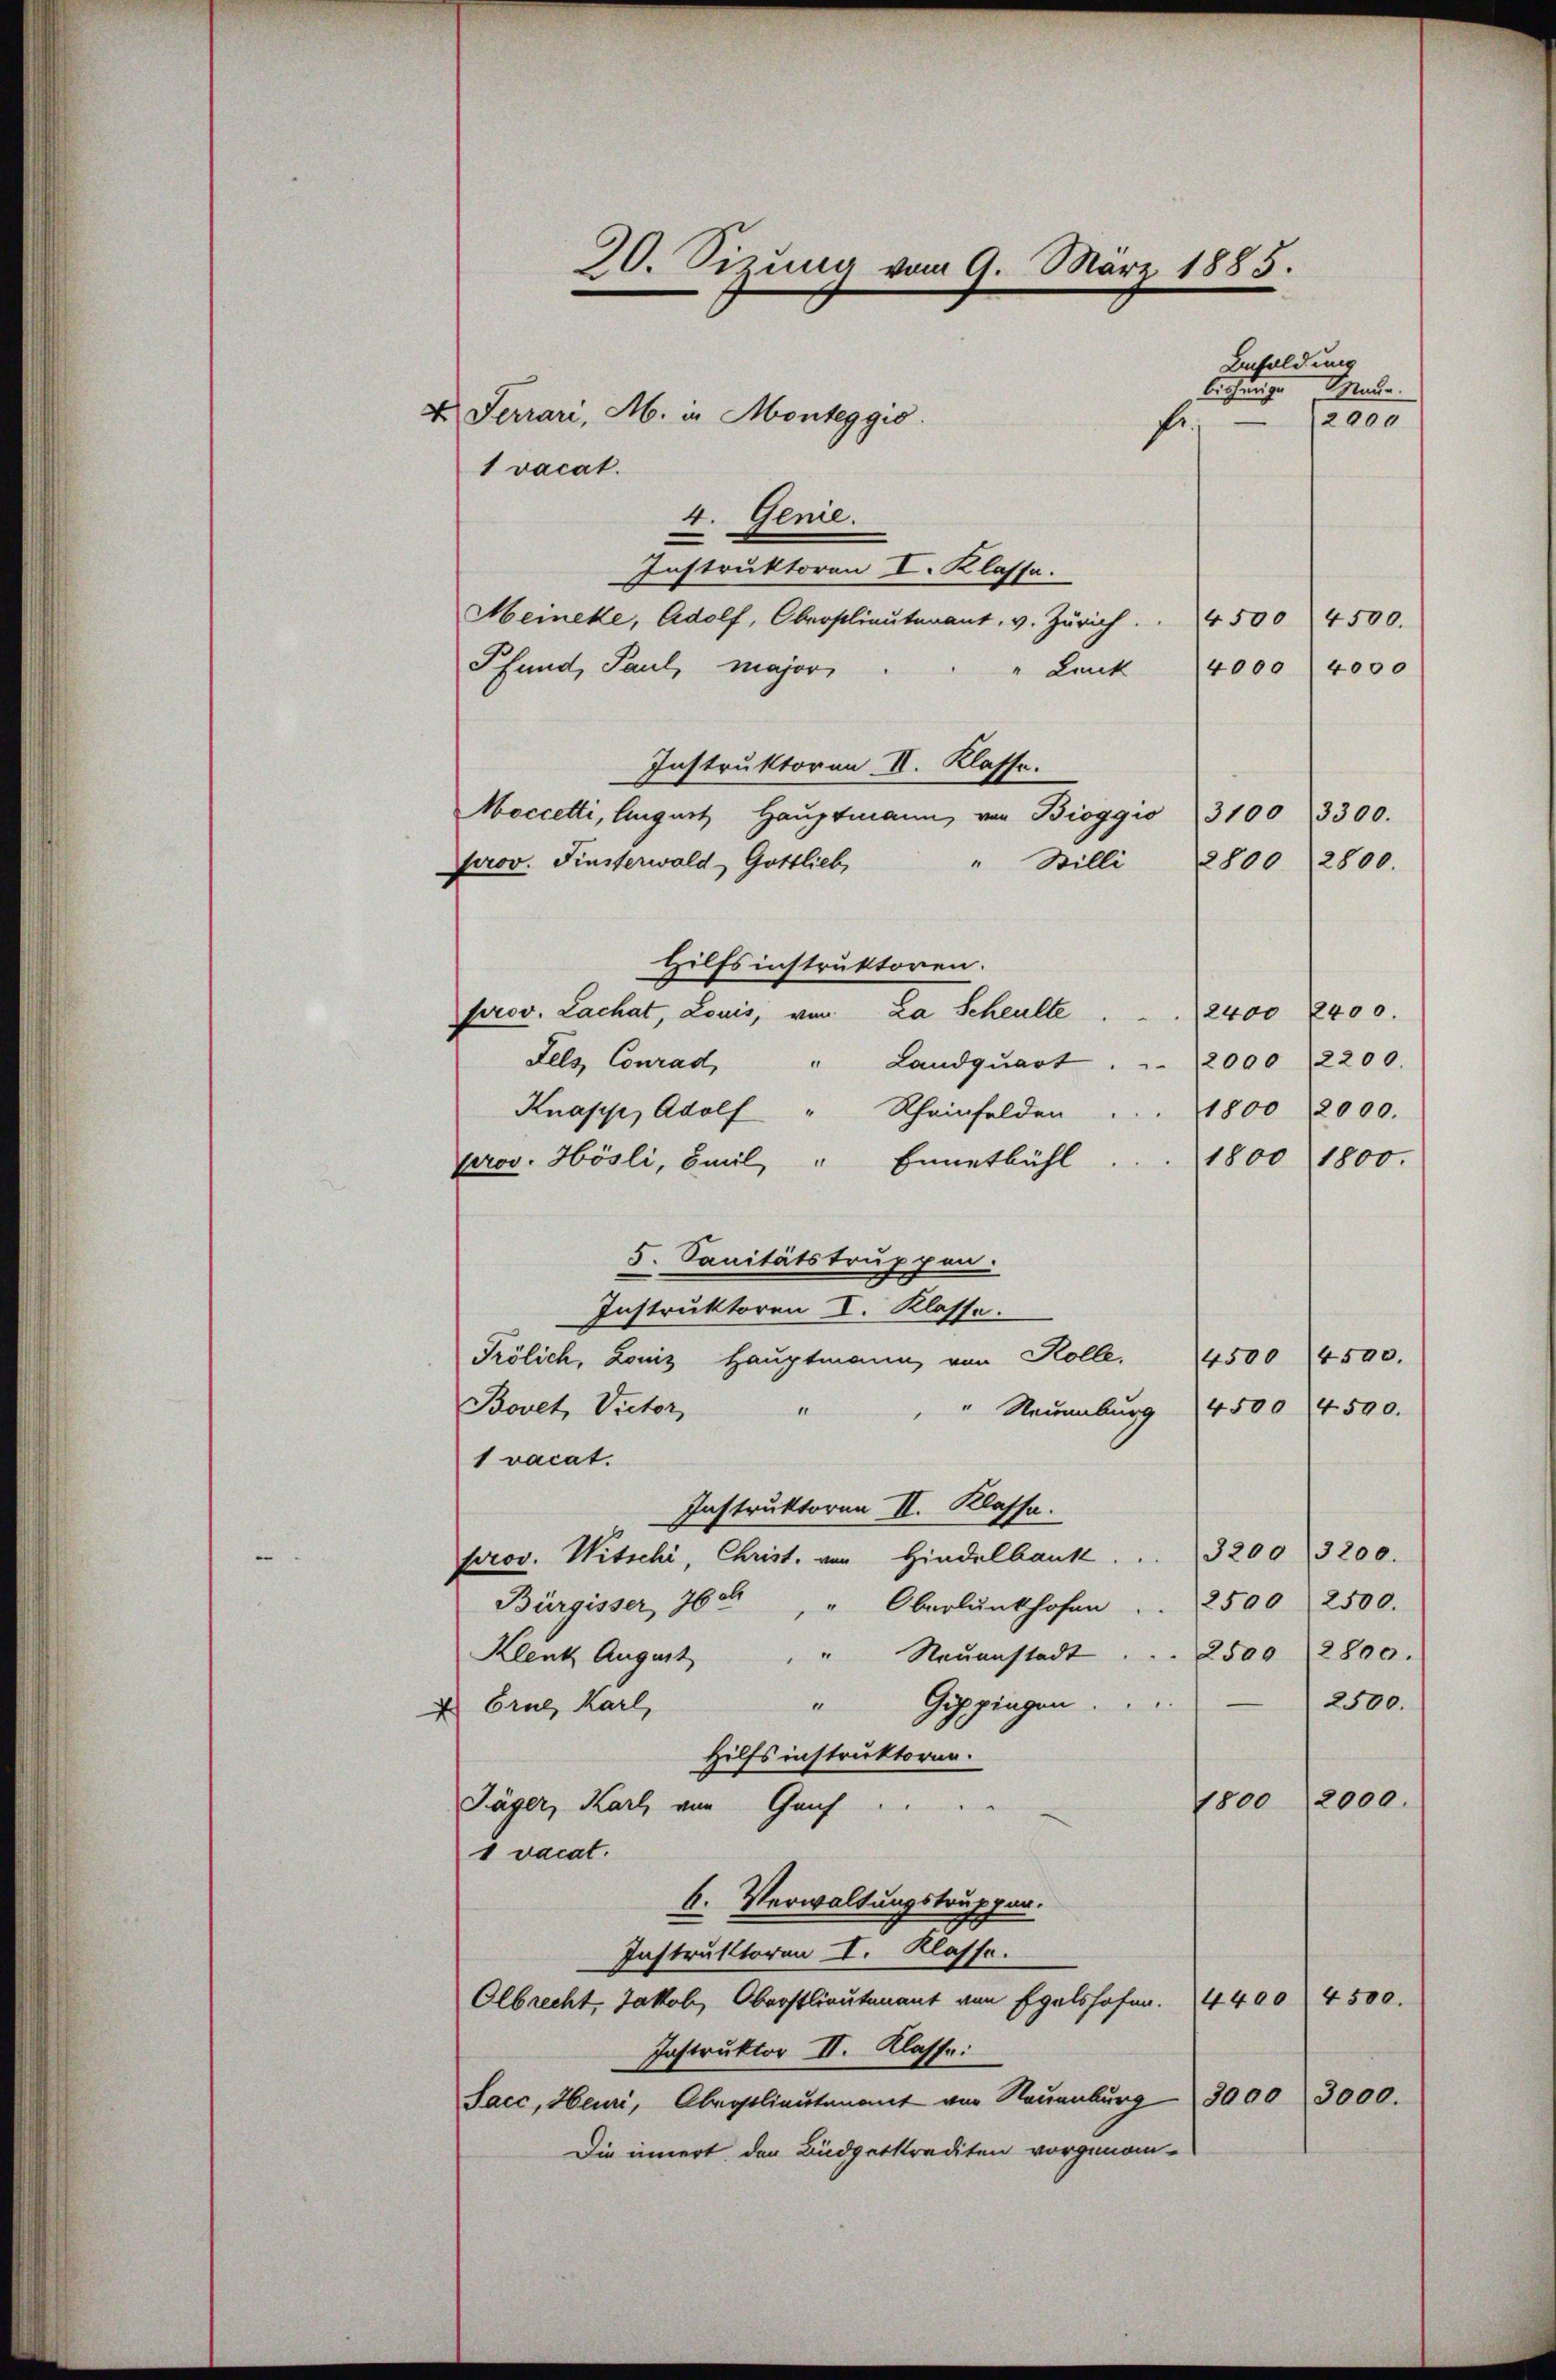
1 vacat.

20. Sizung vom 9. März 1885.

Besoldung
Mude.
bichunge
fr
4. Genie.
Instruktoren I. Klasse.
Meineke, Adolf, Oberstlieutenant, v. Zürich.
4500 (4500.
Pfund, Paul, major
4000 (4000
Lank
Instruktoren II. Klasse.
Moccetti, August Haŭptmann von Bioggio 31003300.
Prov. Finsterwald, Gottlieb,
" Stilli 22800 2800.
Hilfsinstruktoren.
prov. Lachat, Louis, von La Scheulte
(2400 2400.
2000 (2200.
Fels Conrad " Landqŭart
1800 (2000.
Knapp, Adolf " Rheinfelden
1800 1800.
prov. Hösli, Emil " Ennetbühl
5. Sanitätstruppen.
Instruktoren I. Klasse.
Pölich, Loniz Haŭptmann von Kolle. 4500 4500.
1
Bovet, Victor
" Naumburg 4500 4500.
1 vacat.
Instruktoren II. Klasse.
prov. Witschi, Christ. von Hindelbank . . . 3200 3200.
Bürgisser, 760
" Oberlŭnkhofen . . 2500 2500.
" Neuenstadt . . . 2500 2800.
Klenk August
Gippingen.
2500.
1
Cral, Karl,
Hilfs instruktoren.
1800 (2000.
Jäger, Karl, von Genf
1 vacat.
6. Verwaltungstruppen.
Instruktoren I. Klasse.
4400 4500.
Olbrecht, Jakob, Oberstlieutenant von Egalshofen.
Instruktor II. Klasse:
Sacc, Heuri, Obersilieutenant von Neuenbŭrg 3000 3000.
Die innert den Büdgetkrediten vorgenom-

u Ferrari, M. in Monteggio.

2000